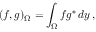
( f , g ) _ { \Omega } = \int _ { \Omega } f g ^ { * } \, d y \, ,